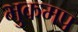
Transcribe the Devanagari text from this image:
भुकमप